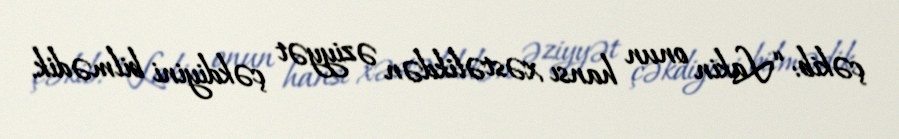
çəkib: “Lakin onun hansı xəstəlikdən əziyyət çəkdiyini bilmədik.